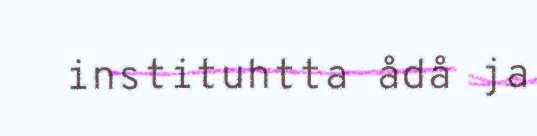
instituhtta ådå ja